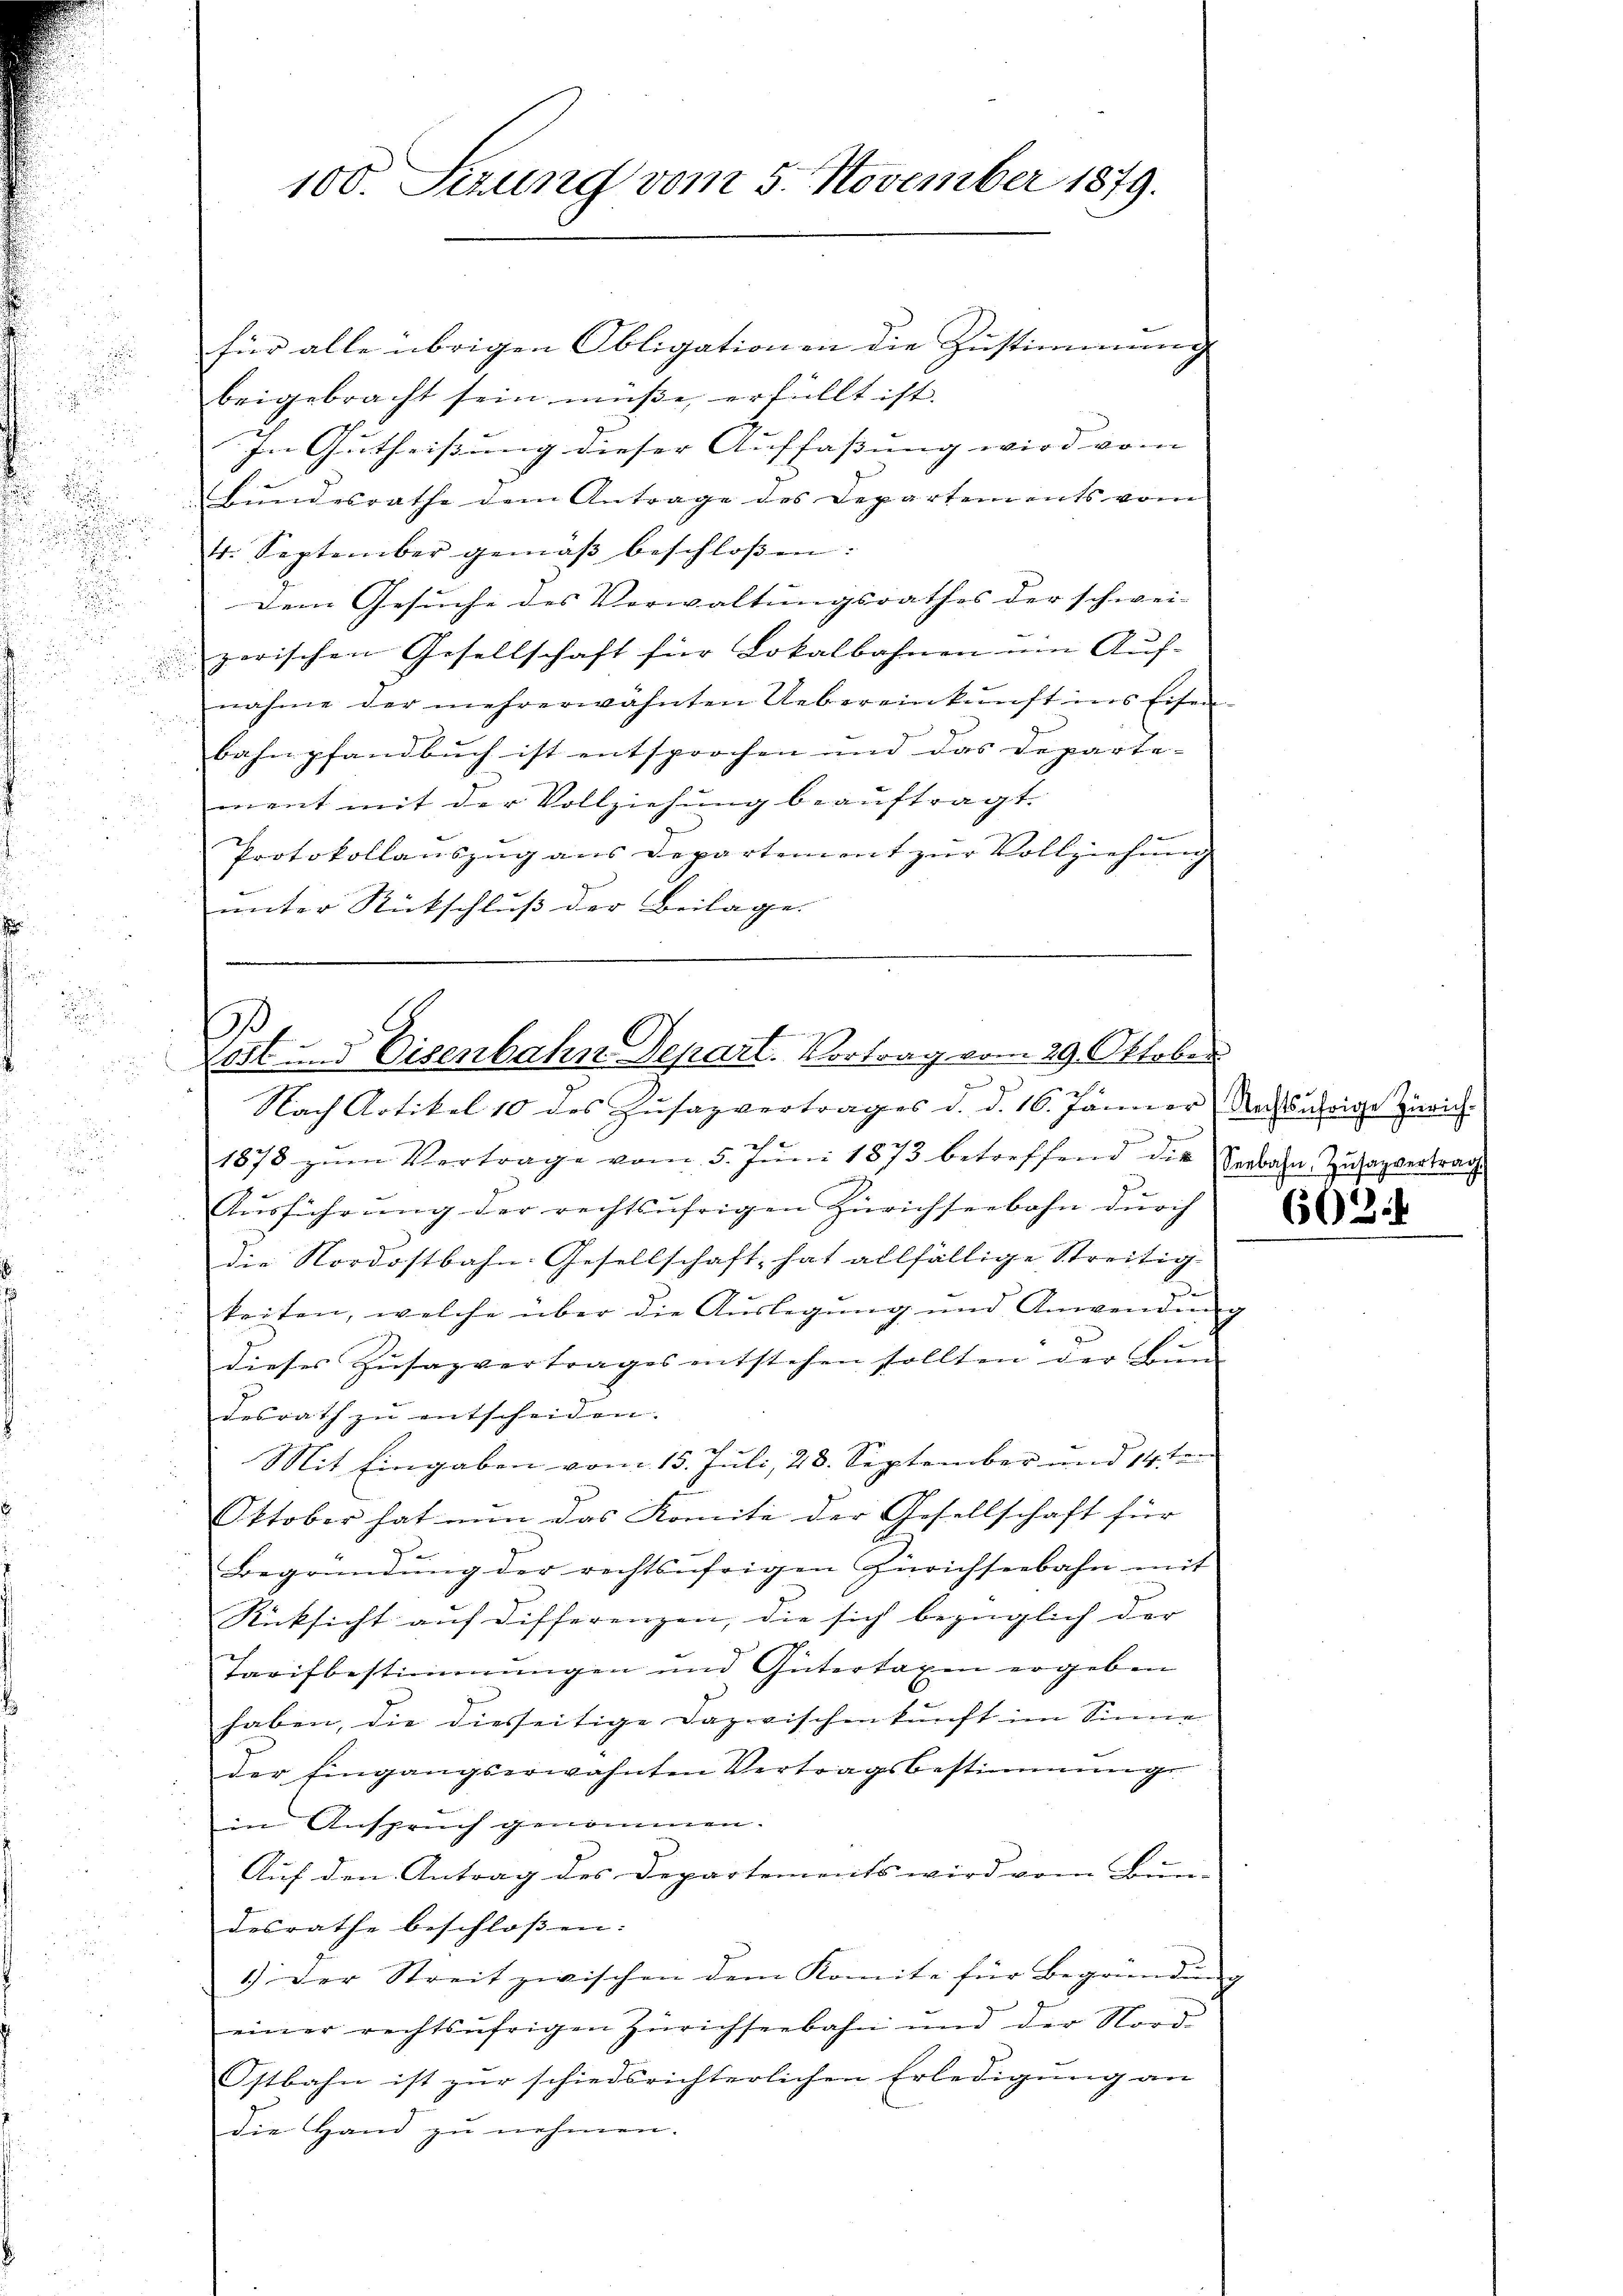
d

für alle übrigen Obligationen die Zustimmung
beigebracht sein müße, erfüllt ist.
In Gutheissung dieser Auffassung wird vom |
Bŭndesrathe dem Antrage des Departements vom
r. September gemäβ beschloßen:
Dem Gesuche des Verwaltungsrathes der schwei-
.
zerischen Gesellschaft für Lokalbahnen um Auf- |

nahme der mehrerwähnten Uebereinkunft ins Eisen-
bahnpfandbuch ist entsprochen und das Departe-
ment mit der Vollziehung beauftragt.
Protokollauszug aus Departement zur Vollziehung
unter Rückschluß der Beilage.

100. Sezung vom 5. November 1879.

3.
Lost und Eisenbahn-Depart. Vortrag vom 29. Oktober.

Nach Artikel 10 des Zŭsazvertrages d. d. 16. Jänner Nachsährige Zürich
.
1878 zŭm Vertrage vom 5. Jŭni 1873 betreffend die Verbahn Zusagvertrag
Aŭsführŭng der rechtsufrigen Zürichseebahn durch
die Nordostbahn-Gesellschaft, hat allfällige Streitig
keiten, welche über die Aŭslegung und Anwendŭng
dieses Zŭsazvertrages entstehen sollten der Bun
desrath zŭ entscheiden.
eh.
Mit Eingaben vom 15. Juli, 28. September und 14 ten
Oktober hat nun das Komite der Gesellschaft für
Begründŭng der rechtsŭfrigen Zürichseebahn mit
Rücksicht auf Differenzen, die sich bezüglich der
Tarifbestimmungen und Gütertaxen ergeben
haben, die diesseitige Dazwischenkunft im Sinne
der Eingangserwähnten Vertragsbestimmungs
in Anspruch genommen.
Auf den Antrag des Departements wird vom Bun-
desrathe beschlossen. |
1.) Der Streit zwischen dem Komite für Begründŭng
einer rechtsufrigen Zürichseebahn und der Nord
Ostbahn ist zur schiedsrichterlichen Erledigung an
die Hand zu nehmen.

602.